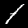
Label: 1